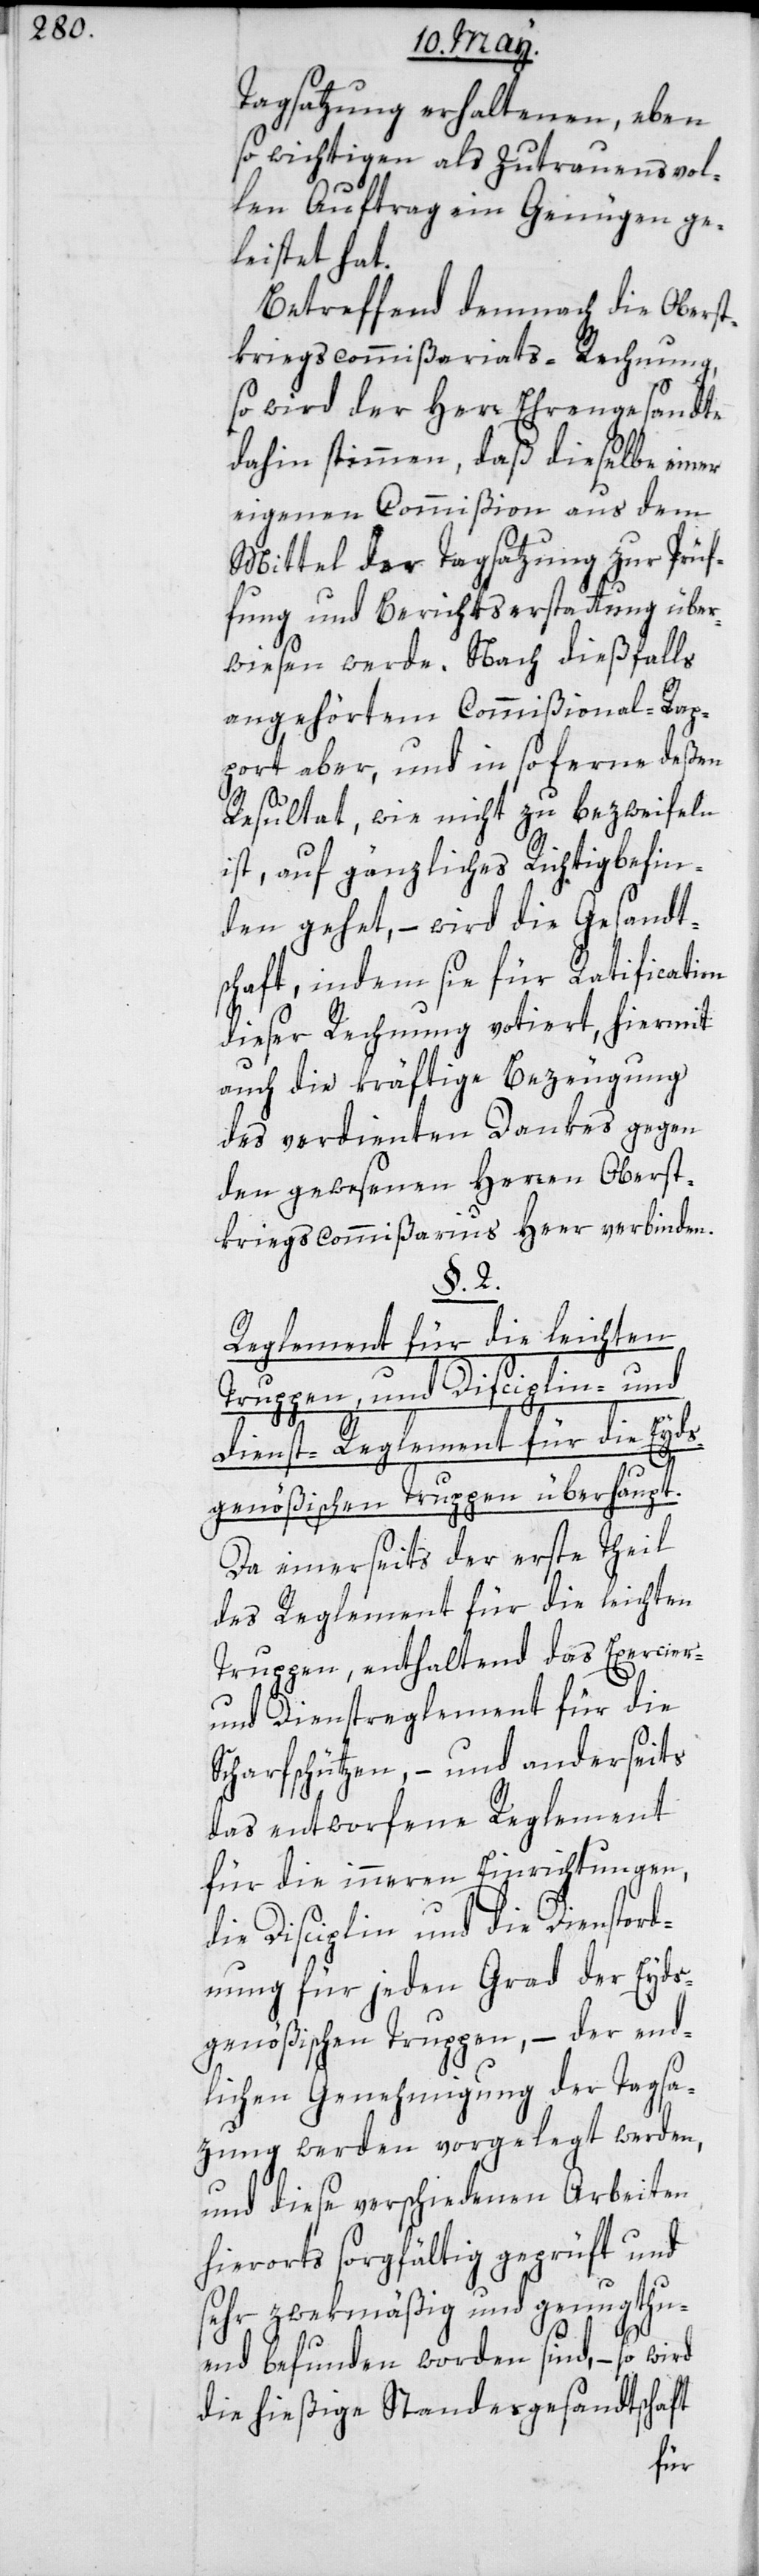
Tagsatzung enthaltenen, eben
so wichtigen als zutrauensvol¬
len Auftrag ein Genügen ge¬
leistet hat.
Betreffend demnach die Oberst¬
kriegscommißariats-Rechnung,
so wird der Herr Ehrengesandte
dahin stimmen, daß dieselbe einer
eigenen Commißion aus dem
Mittel der Tagsatzung zur Prüf¬
fung und Berichtserstattung über¬
wiesen werde. Nach dießfalls
angehörtem Commißional-Rap¬
port aber, und in soferne deßen
Resultat, wie nicht zu bezweifeln
ist, auf gänzliches Richtigbefin¬
den gehet, – wird die Gesandt¬
schaft, indem sie für Ratification
dieser Rechnung votiert, hiermit
auch die kräftige Bezeugung
des verdienten Dankes gegen
den gewesenen Herren Oberst¬
kriegscommißarius Heer verbinden.
§. 2.
Reglement für die leichten
Truppen, und Disciplin- und
Dienst-Reglement für die Eyds¬
genößischen Truppen überhaupt.
Da einerseits der erste Theil
des Reglement für die leichten
Truppen, enthaltend das Exercier-
und Dienstreglement für die
Scharfschützen, – und anderseits
das entworfene Reglement
für die inneren Einrichtungen,
die Disciplin und die Dienstord¬
nung für jeden Grad der Eyds¬
genößischen Truppen, – der end¬
lichen Genehmigung der Tagsa¬
zung werden vorgelegt werden,
und diese verschiedenen Arbeiten
hierorts sorgfältig geprüft und
sehr zwekmäßig und genugthu¬
end befunden worden sind, – so wird
die hießige Standesgesandtschaft